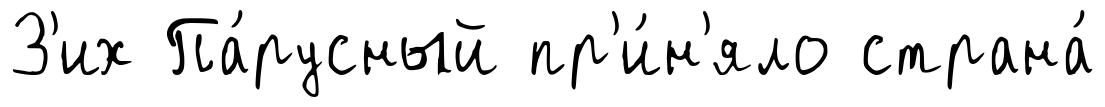
З'их Па́русный пр'и́н'яло страна́